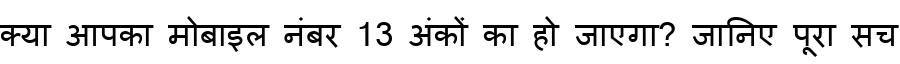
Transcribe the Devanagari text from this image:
क्या आपका मोबाइल नंबर 13 अंकों का हो जाएगा? जानिए पूरा सच